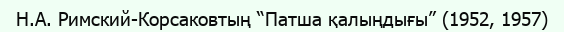
Н.А. Римский-Корсаковтың “Патша қалыңдығы” (1952, 1957)